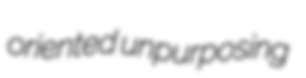
oriented unpurposing